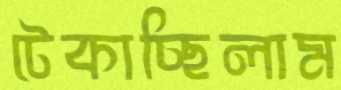
টেকাচ্ছিলাম